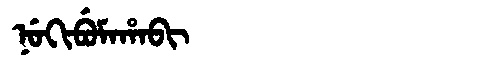
Manchu: ᠨᡠᡴᡳᠪᡠᠮᠠᡥᠠᠪᡳ
Romanization: NUKIBUMAHABI